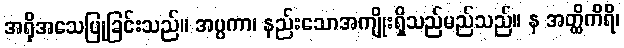
အရိုအသေပြုခြင်းသည်။ အပ္ပကာ၊ နည်းသောအကျိုးရှိသည်မည်သည်။ န အတ္ထိကိရိ၊